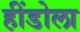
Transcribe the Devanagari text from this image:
हींडोला